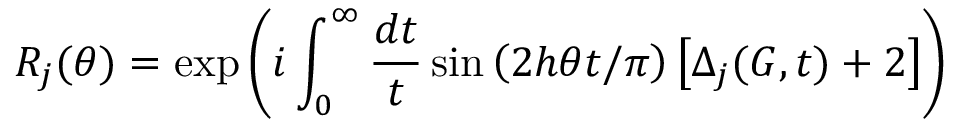
R _ { j } ( \theta ) = \exp \left( i \int _ { 0 } ^ { \infty } \frac { d t } { t } \sin \left( 2 h \theta t / \pi \right) \left[ \Delta _ { j } ( G , t ) + 2 \right] \right)